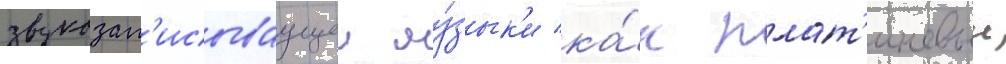
звукозап'исываущеи му́зык'и ка́к плат'иновыи